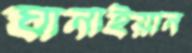
ঘানাইয়ান